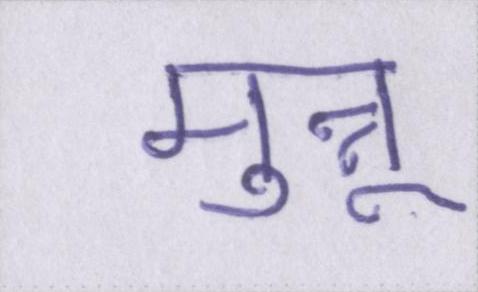
मुन्नू